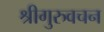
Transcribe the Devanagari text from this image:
श्रीगुरुवचन